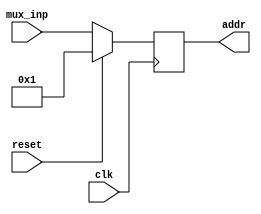
`timescale 1ns / 1ps
//////////////////////////////////////////////////////////////////////////////////
// Company: 
// Engineer: 
// 
// Design Name: 
// Module Name:    pc 
// Project Name: 
// Target Devices: 
// Tool versions: 
// Description: 
//
// Dependencies: 
//
// Revision: 
// Revision 0.01 - File Created
// Additional Comments: 
//
//////////////////////////////////////////////////////////////////////////////////
module pc(
    input clk, input reset,
    output [6:0] addr,
    input [6:0] mux_inp
    );
	 
reg [6:0] add;

initial begin
add = 7'b0000000;
end
 
always@(posedge clk) 
begin
 if(reset) begin
 add <= 7'b0000001; 
 end
 else begin
 add <= mux_inp;
 end
end


assign addr = add; 

endmodule